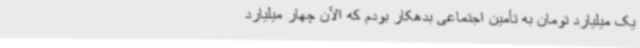
یک میلیارد تومان به تأمین اجتماعی بدهکار بودم که الآن چهار میلیارد